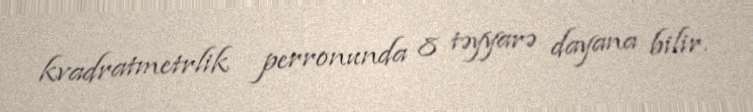
kvadratmetrlik perronunda 8 təyyarə dayana bilir.